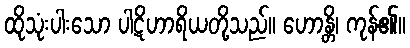
ထိုသုံးပါးသော ပါဋိဟာရိယတို့သည်။ ဟောန္တိ၊ ကုန်၏။